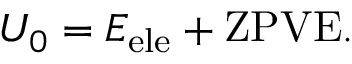
\begin{array} { r } { U _ { 0 } = E _ { \mathrm { e l e } } + \mathrm { Z P V E } . } \end{array}